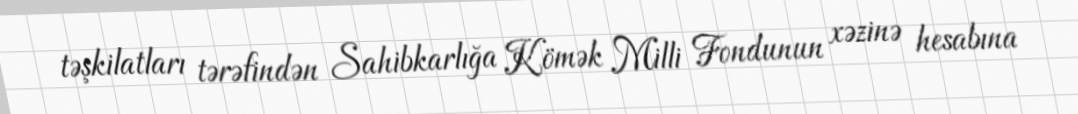
təşkilatları tərəfindən Sahibkarlığa Kömək Milli Fondunun xəzinə hesabına